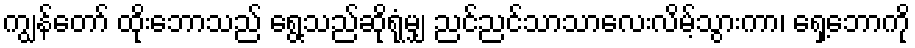
ကျွန်တော် ထိုးဘောသည် ရွေ့သည်ဆိုရုံမျှ ညင်ညင်သာသာလေးလိမ့်သွားကာ၊ ရှေ့ဘောကို